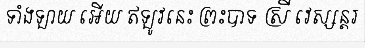
ទាំងឡាយ អើយ ឥឡូវនេះ ព្រះបាទ ស្រី វេស្សន្តរ